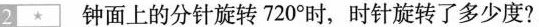
2 钟面上的分针旋转720^{\circ}时，时针旋转了多少度?